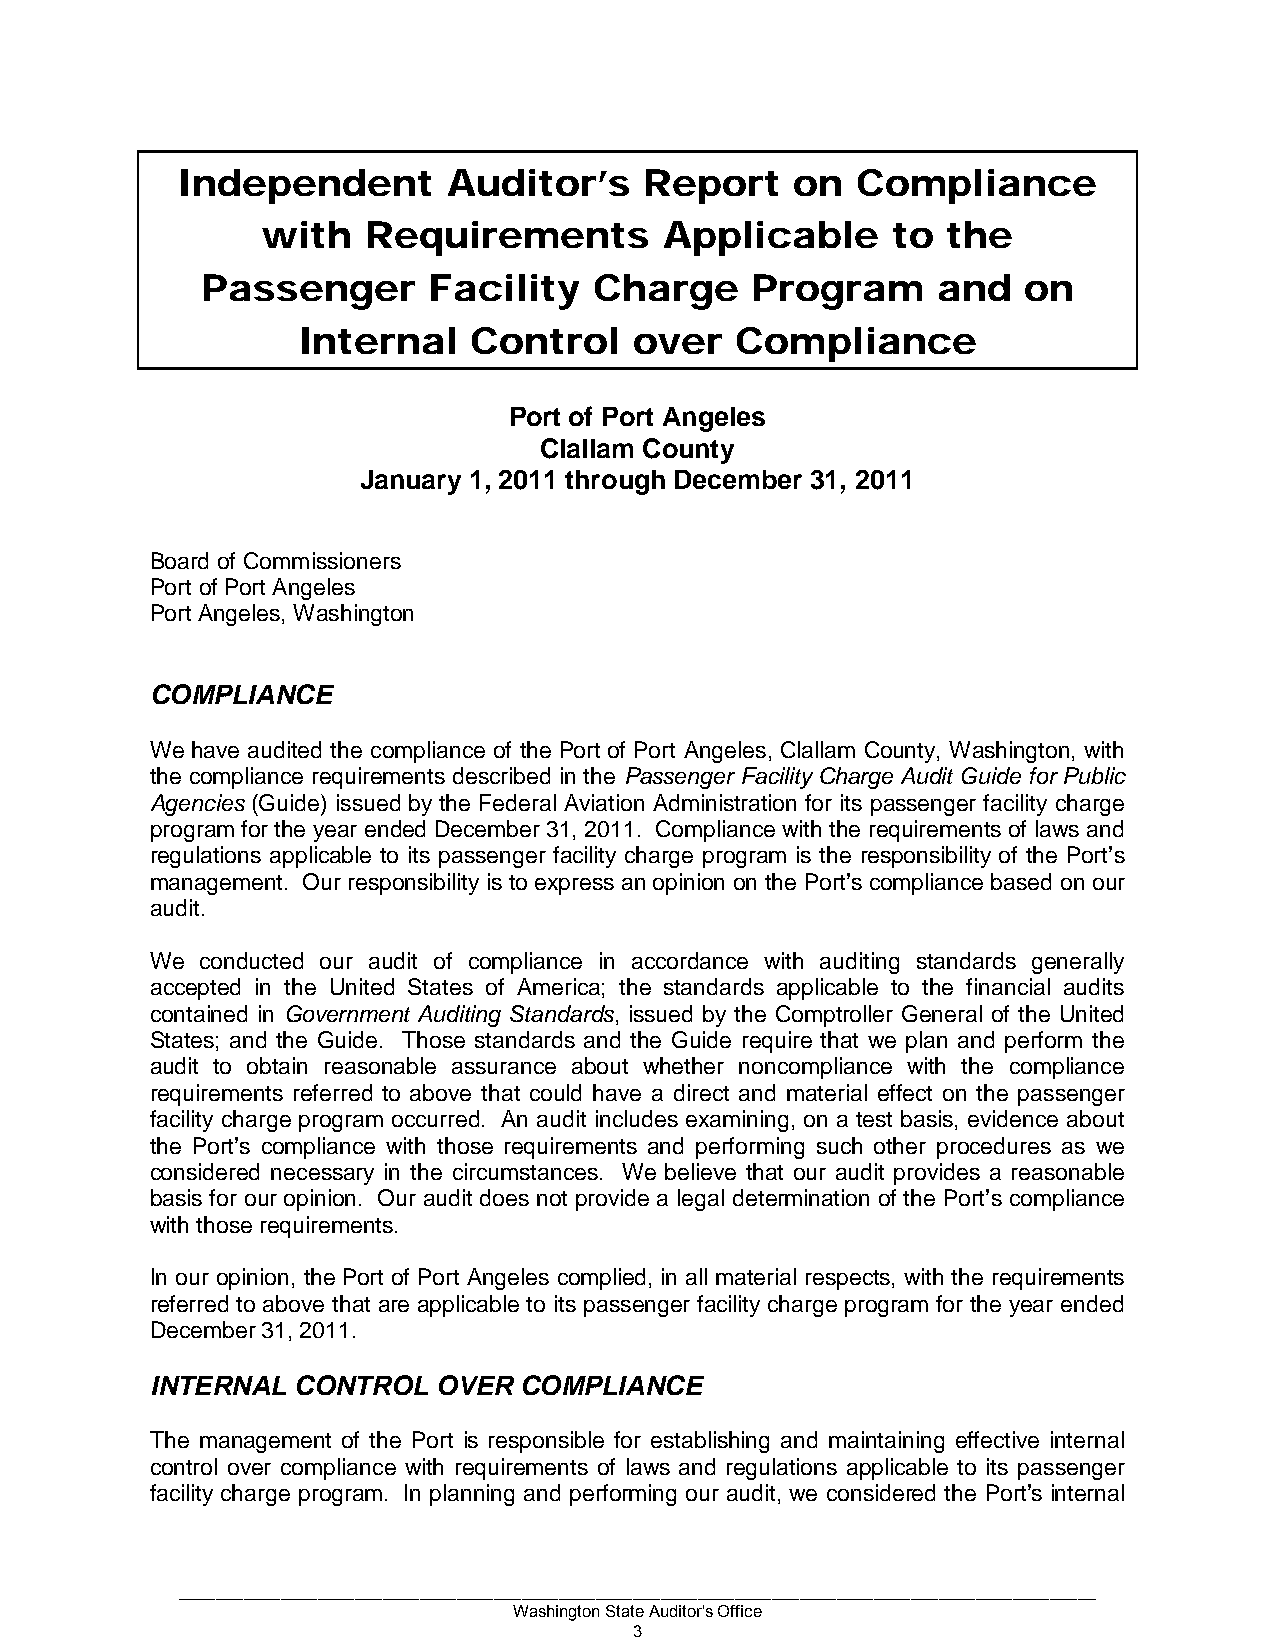
Independent       Auditor’s    Report    on  Compliance
 with   Requirements        Applicable     to  the
 Passenger      Facility   Charge     Program     and   on
 Internal   Control    over   Compliance
 Port of Port Angeles
 Clallam County
 January 1, 2011 through December 31, 2011
 Board of Commissioners
 Port of Port Angeles
 Port Angeles, Washington
 COMPLIANCE
 We have audited the compliance of the Port of Port Angeles, Clallam County, Washington, with
 the compliance requirements described in the Passenger Facility Charge Audit Guide for Public
 Agencies (Guide) issued by the Federal Aviation Administration for its passenger facility charge
 program for the year ended December 31, 2011. Compliance with the requirements of laws and
 regulations applicable to its passenger facility charge program is the responsibility of the Port’s
 management. Our responsibility is to express an opinion on the Port’s compliance based on our
 audit.
 We conducted our audit of compliance in accordance with auditing standards generally
 accepted in the United States of America; the standards applicable to the financial audits
 contained in Government Auditing Standards, issued by the Comptroller General of the United
 States; and the Guide. Those standards and the Guide require that we plan and perform the
 audit to obtain reasonable assurance about whether noncompliance with the compliance
 requirements referred to above that could have a direct and material effect on the passenger
 facility charge program occurred. An audit includes examining, on a test basis, evidence about
 the Port’s compliance with those requirements and performing such other procedures as we
 considered necessary in the circumstances. We believe that our audit provides a reasonable
 basis for our opinion. Our audit does not provide a legal determination of the Port’s compliance
 with those requirements.
 In our opinion, the Port of Port Angeles complied, in all material respects, with the requirements
 referred to above that are applicable to its passenger facility charge program for the year ended
 December 31, 2011.
 INTERNAL CONTROL   OVER COMPLIANCE
 The management of the Port is responsible for establishing and maintaining effective internal
 control over compliance with requirements of laws and regulations applicable to its passenger
 facility charge program. In planning and performing our audit, we considered the Port’s internal
 ___________________________________________________________________________________________________
 Washington State Auditor's Office
 3